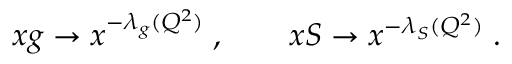
x g \to x ^ { - \lambda _ { g } ( Q ^ { 2 } ) } \; , \qquad x S \to x ^ { - \lambda _ { S } ( Q ^ { 2 } ) } \; .